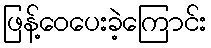
ဖြန့်ဝေပေးခဲ့ကြောင်း